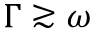
\Gamma \gtrsim \omega